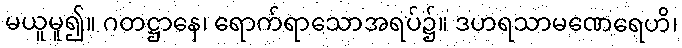
မယူမူ၍။ ဂတဋ္ဌာနေ၊ ရောက်ရာသောအရပ်၌။ ဒဟရသာမဏေရေဟိ၊